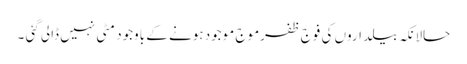
حالانکہ بیلداروں کی فوج ظفرموج موجود ہونے کے باوجود مٹی نہیں ڈالی گئی ۔